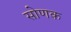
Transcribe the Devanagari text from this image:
सोणक